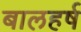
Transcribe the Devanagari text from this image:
बालहर्ष